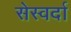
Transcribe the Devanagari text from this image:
सेस्वर्दा